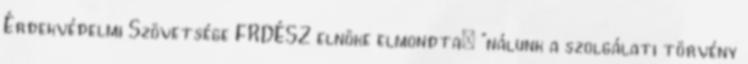
Érdekvédelmi Szövetsége FRDÉSZ elnöke elmondta: "nálunk a szolgálati törvény